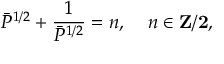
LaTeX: \bar { P } ^ { 1 / 2 } + \frac { 1 } { \bar { P } ^ { 1 / 2 } } = n , \; \; \; \; n \in \bf { Z } / 2 ,